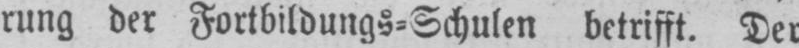
rung der Fortbildungs⸗Schulen betrifft. Der